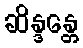
ဆိန္ဒန္တေ